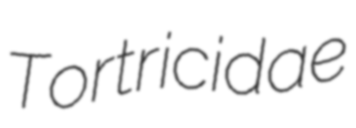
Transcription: Tortricidae